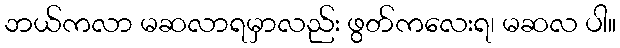
ဘယ်ကလာ မဆလာရမှာလည်း ဖွတ်ကလေးရ၊ မဆလ ပါ။